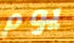
يوم